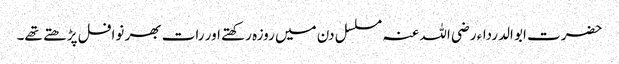
حضرت ابو الدرداء رضی اللہ عنہ مسلسل دن میں روزہ رکھتے اور رات بھر نوافل پڑھتے تھے۔